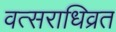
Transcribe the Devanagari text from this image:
वत्सराधिव्रत